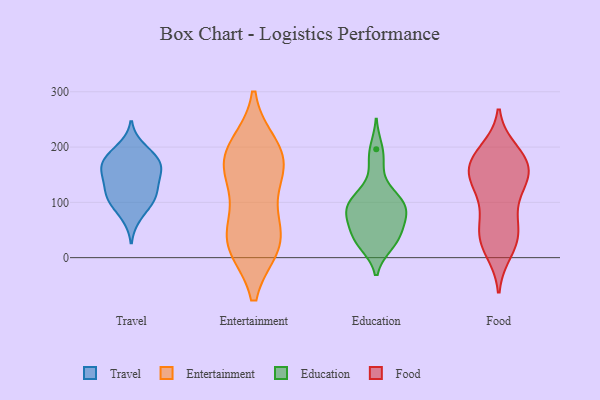
{"axis": {"x": "Gross Profit (USD K)", "y": "Value"}, "legend": ["Education", "Entertainment", "Food", "Travel"], "data": [{"x": "", "y": 165, "type": "Travel"}, {"x": "", "y": 104, "type": "Travel"}, {"x": "", "y": 179, "type": "Travel"}, {"x": "", "y": 199, "type": "Travel"}, {"x": "", "y": 74, "type": "Travel"}, {"x": "", "y": 183, "type": "Travel"}, {"x": "", "y": 109, "type": "Travel"}, {"x": "", "y": 102, "type": "Travel"}, {"x": "", "y": 121, "type": "Travel"}, {"x": "", "y": 149, "type": "Travel"}, {"x": "", "y": 169, "type": "Travel"}, {"x": "", "y": 155, "type": "Travel"}, {"x": "", "y": 135, "type": "Travel"}, {"x": "", "y": 171, "type": "Entertainment"}, {"x": "", "y": 33, "type": "Entertainment"}, {"x": "", "y": 150, "type": "Entertainment"}, {"x": "", "y": 28, "type": "Entertainment"}, {"x": "", "y": 180, "type": "Entertainment"}, {"x": "", "y": 23, "type": "Entertainment"}, {"x": "", "y": 200, "type": "Entertainment"}, {"x": "", "y": 94, "type": "Entertainment"}, {"x": "", "y": 27, "type": "Entertainment"}, {"x": "", "y": 181, "type": "Entertainment"}, {"x": "", "y": 26, "type": "Education"}, {"x": "", "y": 196, "type": "Education"}, {"x": "", "y": 33, "type": "Education"}, {"x": "", "y": 73, "type": "Education"}, {"x": "", "y": 102, "type": "Education"}, {"x": "", "y": 101, "type": "Education"}, {"x": "", "y": 54, "type": "Education"}, {"x": "", "y": 83, "type": "Education"}, {"x": "", "y": 37, "type": "Education"}, {"x": "", "y": 24, "type": "Education"}, {"x": "", "y": 173, "type": "Education"}, {"x": "", "y": 95, "type": "Education"}, {"x": "", "y": 70, "type": "Education"}, {"x": "", "y": 119, "type": "Education"}, {"x": "", "y": 93, "type": "Education"}, {"x": "", "y": 178, "type": "Food"}, {"x": "", "y": 65, "type": "Food"}, {"x": "", "y": 106, "type": "Food"}, {"x": "", "y": 51, "type": "Food"}, {"x": "", "y": 46, "type": "Food"}, {"x": "", "y": 12, "type": "Food"}, {"x": "", "y": 163, "type": "Food"}, {"x": "", "y": 193, "type": "Food"}, {"x": "", "y": 161, "type": "Food"}, {"x": "", "y": 24, "type": "Food"}, {"x": "", "y": 32, "type": "Food"}, {"x": "", "y": 146, "type": "Food"}, {"x": "", "y": 144, "type": "Food"}, {"x": "", "y": 141, "type": "Food"}, {"x": "", "y": 116, "type": "Food"}, {"x": "", "y": 174, "type": "Food"}, {"x": "", "y": 182, "type": "Food"}]}